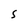
Character: S